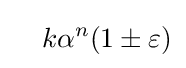
{}\quad k\alpha ^{n}(1\pm \varepsilon )